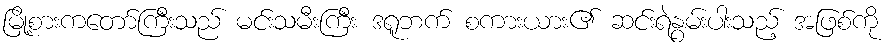
မြို့စားကတော်ကြီးသည် မင်းသမီးကြီး ဒရူဘက် စကားယား၏ ဆင်းရဲနွမ်းပါးသည့် အဖြစ်ကို